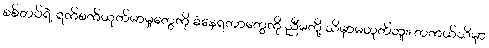
စစ်တပ်ရဲ့ ရက်စက်ယုတ်မာမှုတွေကို ခံနေရတာတွေကို ညီမတို့ သိမှာမဟုတ်ဘူး၊ တကယ်သိမှာ